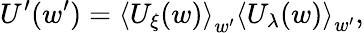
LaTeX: U^{\prime}(w^{\prime})=\left\langle U_{\xi}(w)\right\rangle_{w^{\prime}}\left\langle U_{\lambda}(w)\right\rangle_{w^{\prime}},